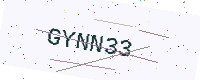
Text: GYNN33